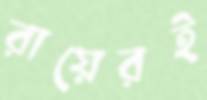
রায়েরই